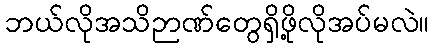
ဘယ်လိုအသိဉာဏ်တွေရှိဖို့လိုအပ်မလဲ။